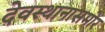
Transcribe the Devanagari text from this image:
देवस्थानासमोर